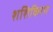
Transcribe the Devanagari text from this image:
शशिकिरण